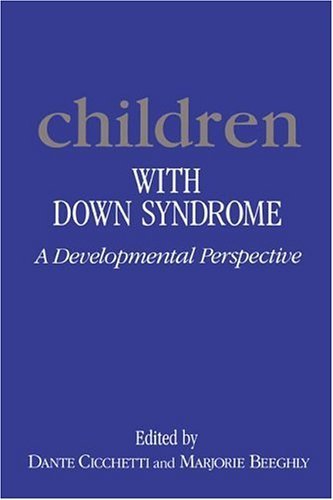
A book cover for Children with Down Syndrome: A Developmental Perspective 1st Edition by Cicchetti, Dante published by Cambridge University Press Hardcover; Health, Fitness & Dieting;